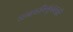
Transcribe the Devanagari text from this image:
राजकीयदृष्ट्याही